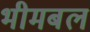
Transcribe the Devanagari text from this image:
भीमबल